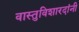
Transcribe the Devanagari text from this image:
वास्तुविशारदांनी